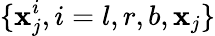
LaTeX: \{ \mathbf{x}_{j}^{i},i=l,r,b,\mathbf{x}_{j}\}